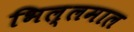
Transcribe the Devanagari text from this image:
भिल्लमाल